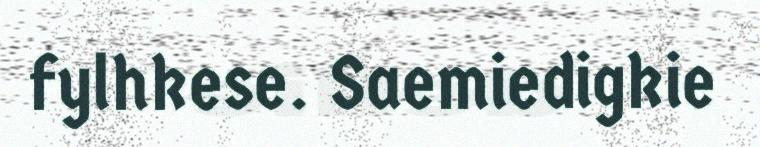
fylhkese. Saemiedigkie